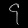
Digit: ၄